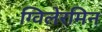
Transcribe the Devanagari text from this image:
ग्विलेरमिन